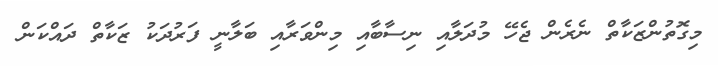
މިގޮތުންޒަކާތް ނެރެން ޖެހޭ މުދަލާއި ނިސާބާއި މިންވަރާއި ބަލާނީ ފަރުދަކު ޒަކާތް ދައްކަން